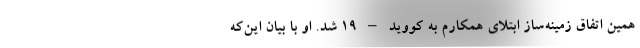
همین اتفاق زمینه‌ساز ابتلای همکارم به کووید – ۱۹ شد. او با بیان این‌که